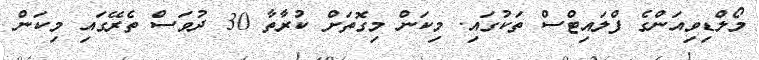
މޯލްޑިވިއަންގެ ފްލައިޓްސް ތަކުގައި. މިކަން މިގޮތަށް ކުރާތާ 30 ދުވަސް ތެރޭގައި މިކަން